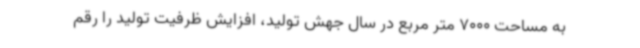
به مساحت 7000 متر مربع در سال جهش تولید، افزایش ظرفیت تولید را رقم